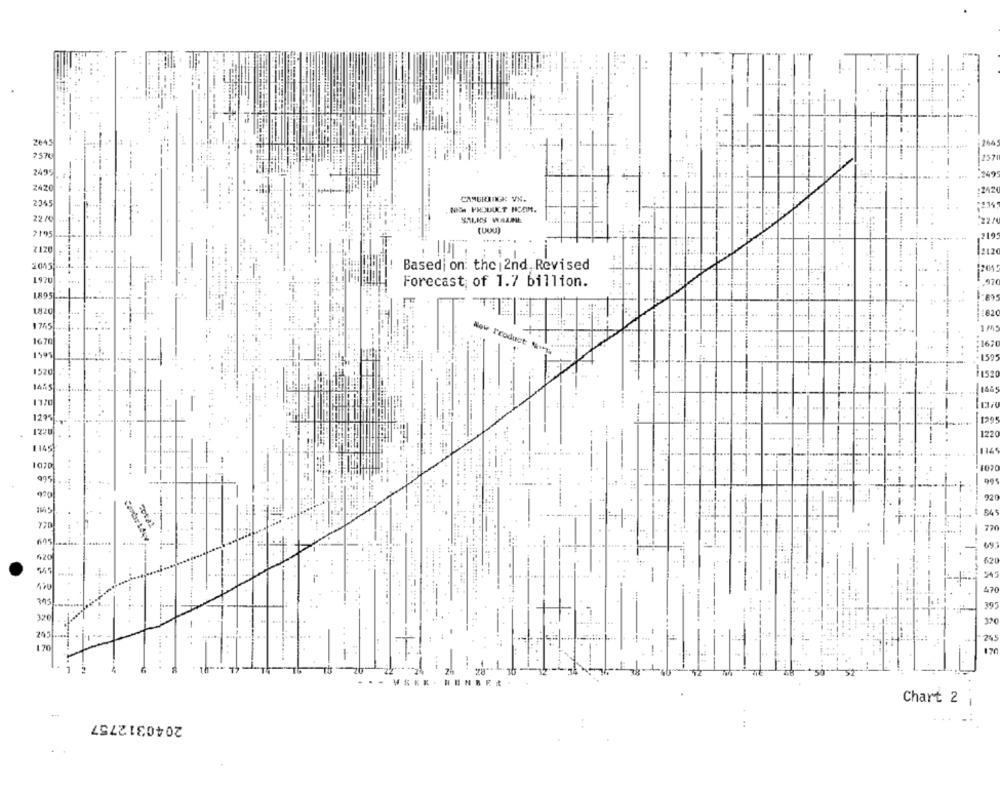
T
....
-
2645
264
2499
2420
CAMERINIGK VN.
2345
NA PRODUCT NCOM.
22 /C
SALKY WALNE
(UDU)
2195
---
... ....
2015-
Based on: the 2nd, Revised
1970
Forecast; of 1.7 billion.
.97
1895
1820
#820
1670
New Product ***
167
1520
14:5
-
1295
1999
1220
1220
1145
1
1070
995
....... .
770
H.
770
62
--
470
70
... ...
Chart 2
2040312757